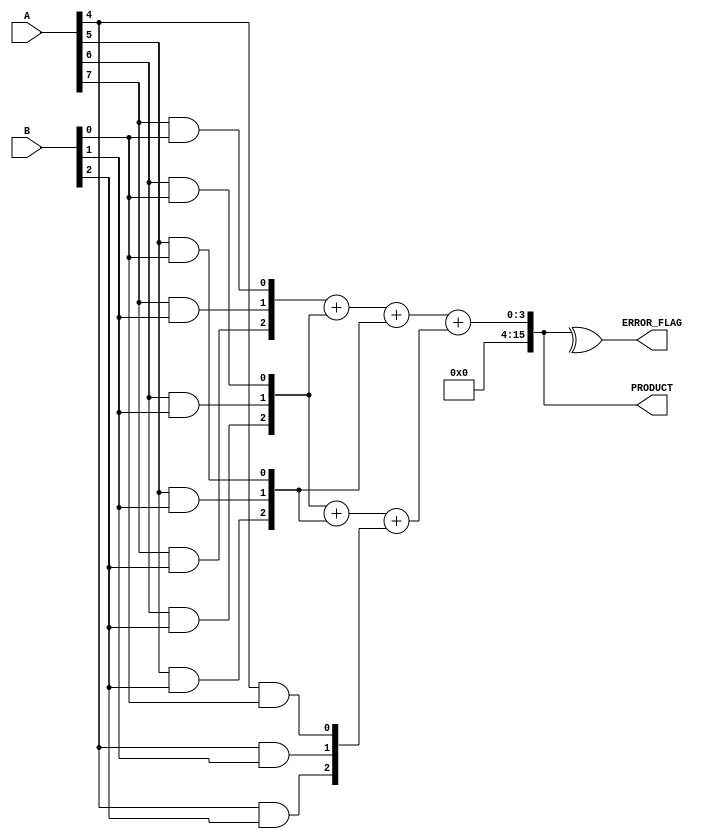
module FaultTolerantWallaceTreeMultiplier #(
    parameter WIDTH = 8 // Width of the input operands
)(
    input [WIDTH-1:0] A, // Multiplicand
    input [WIDTH-1:0] B, // Multiplier
    output reg [2*WIDTH-1:0] PRODUCT, // Product output
    output reg ERROR_FLAG // Error detection flag
);

    // Generate partial products
    wire [WIDTH-1:0] pp [WIDTH-1:0]; // Partial products
    genvar i, j;
    generate
        for (i = 0; i < WIDTH; i = i + 1) begin : gen_partial_products
            for (j = 0; j < WIDTH; j = j + 1) begin : gen_pp
                assign pp[i][j] = A[i] & B[j]; // AND operation for partial product
            end
        end
    endgenerate

    // Wallace Tree Reduction
    wire [WIDTH*2-1:0] sum [WIDTH:0]; // Sums at each level
    wire [WIDTH:0] carry [WIDTH:0]; // Carry bits at each level

    // Initialize the first level
    assign sum[0] = {1'b0, pp[0]};
    generate
        for (i = 1; i < WIDTH; i = i + 1) begin : reduction_level
            // Grouping partial products in sets of 3
            wire [2:0] group_sum;
            wire [2:0] group_carry;

            assign group_sum = pp[i] + pp[i-1] + pp[i-2]; // Sum of three bits
            assign group_carry = {1'b0, pp[i]} + {1'b0, pp[i-1]} + {1'b0, pp[i-2]};
            assign sum[i] = group_sum;
            assign carry[i] = group_carry;
        end
    endgenerate

    // Final addition
    wire [2*WIDTH-1:0] final_sum;
    wire [2*WIDTH-1:0] final_carry;

    assign {final_carry, final_sum} = sum[WIDTH-1] + sum[WIDTH-2]; // Final addition of two rows

    // Error Detection (Simple Parity Check)
    always @(*) begin
        ERROR_FLAG = ^final_sum; // Simple parity check for error detection
        PRODUCT = final_sum; // Assign the product
    end

endmodule